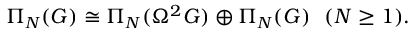
\Pi _ { N } ( { \cal G } ) \cong \Pi _ { N } ( \Omega ^ { 2 } G ) \oplus \Pi _ { N } ( G ) ~ ~ ( N \geq 1 ) .